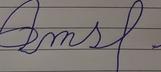
Signature authenticity: forged